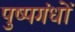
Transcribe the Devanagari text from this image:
पुष्पगंधों